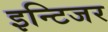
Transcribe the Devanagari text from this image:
इन्टिजर